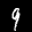
Label: 9